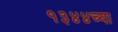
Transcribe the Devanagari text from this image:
१३४४च्या